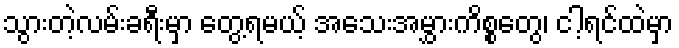
သွားတဲ့လမ်းခရီးမှာ တွေ့ရမယ့် အသေးအမွှားကိစ္စတွေ၊ ငါ့ရင်ထဲမှာ